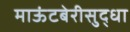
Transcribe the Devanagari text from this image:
माऊंटबेरीसुद्धा